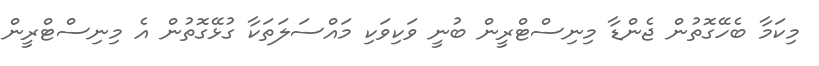
މިކަމާ ބެހޭގޮތުން ޖެންޑާ މިނިސްޓްރީން ބުނީ ވަކިވަކި މައްސަލަތަކާ ގުޅޭގޮތުން އެ މިނިސްޓްރީން